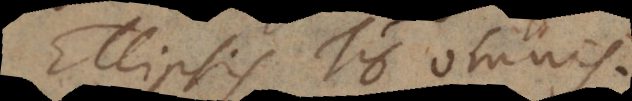
Ellipsis του omnis.